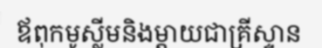
ឪពុកមូស្លីមនិងម្តាយជាគ្រីស្ទាន